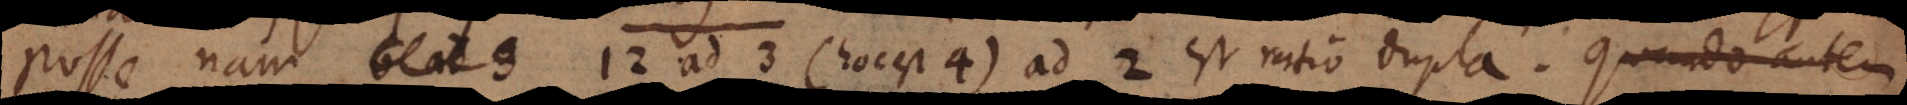
posse nam 12 ad 3 (hoc est 4) ad 2 est ratio dupla. Quando autem